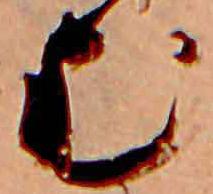
む